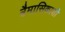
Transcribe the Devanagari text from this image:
त्रैमासिकाशी